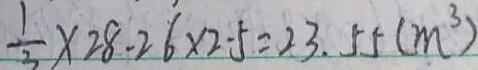
\frac { 1 } { 3 } \times 2 8 . 2 6 \times 2 . 5 = 2 3 . 5 5 ( m ^ { 3 } )